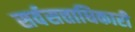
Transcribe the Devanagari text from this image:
सर्वसत्ताधिकारी